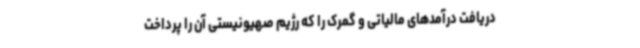
دریافت درآمدهای مالیاتی و گمرک را که رژیم صهیونیستی آن را پرداخت